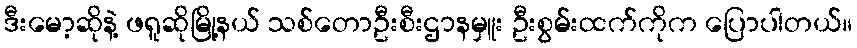
ဒီးမော့ဆိုနဲ့ ဖရူဆိုမြို့နယ် သစ်တောဦးစီးဌာနမှူး ဦးစွမ်းထက်ကိုက ပြောပါတယ်။